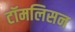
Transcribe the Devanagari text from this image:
टॉमलिसन